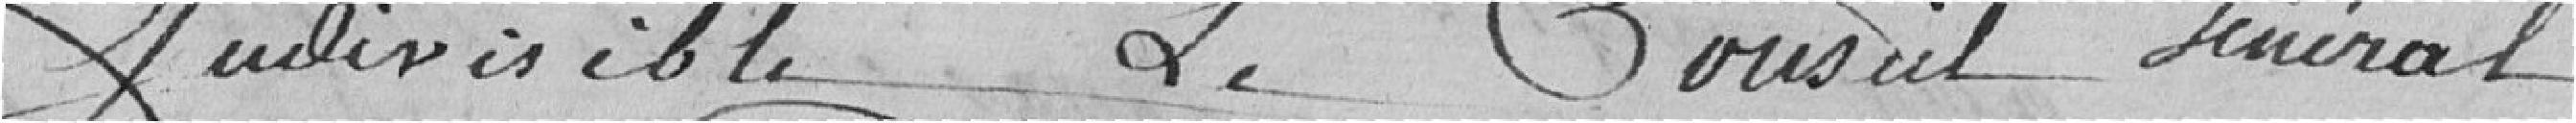
indivisible. Le conseil Général